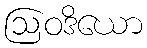
ဩဝဒိယော